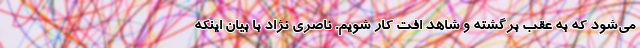
می‌شود که به عقب برگشته و شاهد افت کار شویم. ناصری نژاد با بیان اینکه